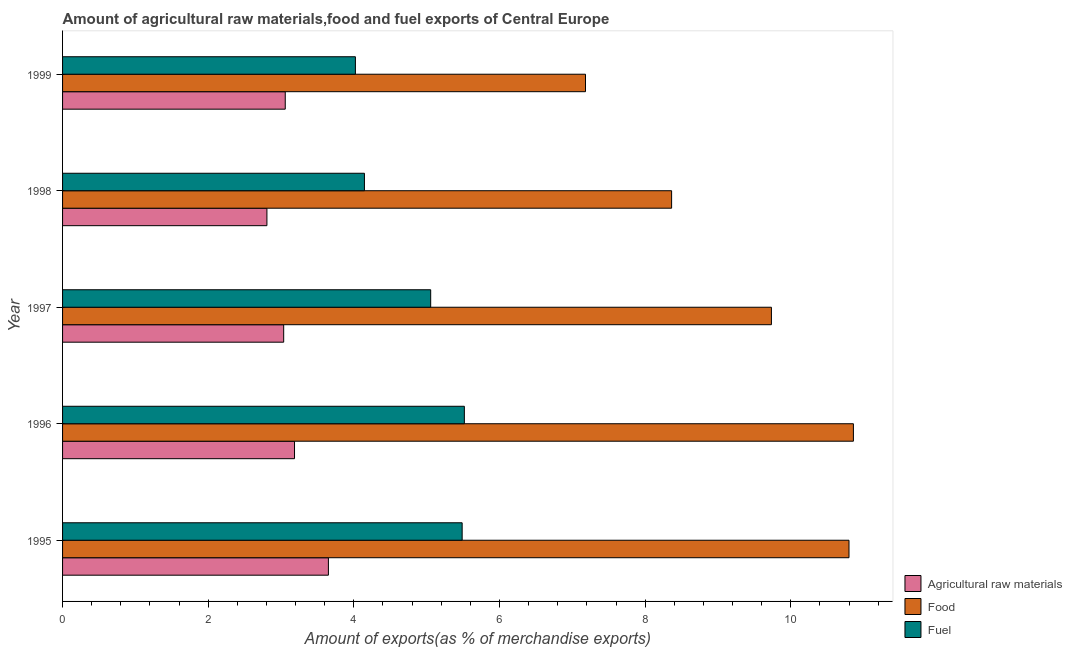
| Year | Agricultural raw materials | Food | Fuel |
 | --- | --- | --- | --- |
 | 1995 | 3.65 | 10.8 | 5.49 |
 | 1996 | 3.19 | 10.9 | 5.52 |
 | 1997 | 3.04 | 9.73 | 5.06 |
 | 1998 | 2.81 | 8.36 | 4.15 |
 | 1999 | 3.06 | 7.18 | 4.02 |